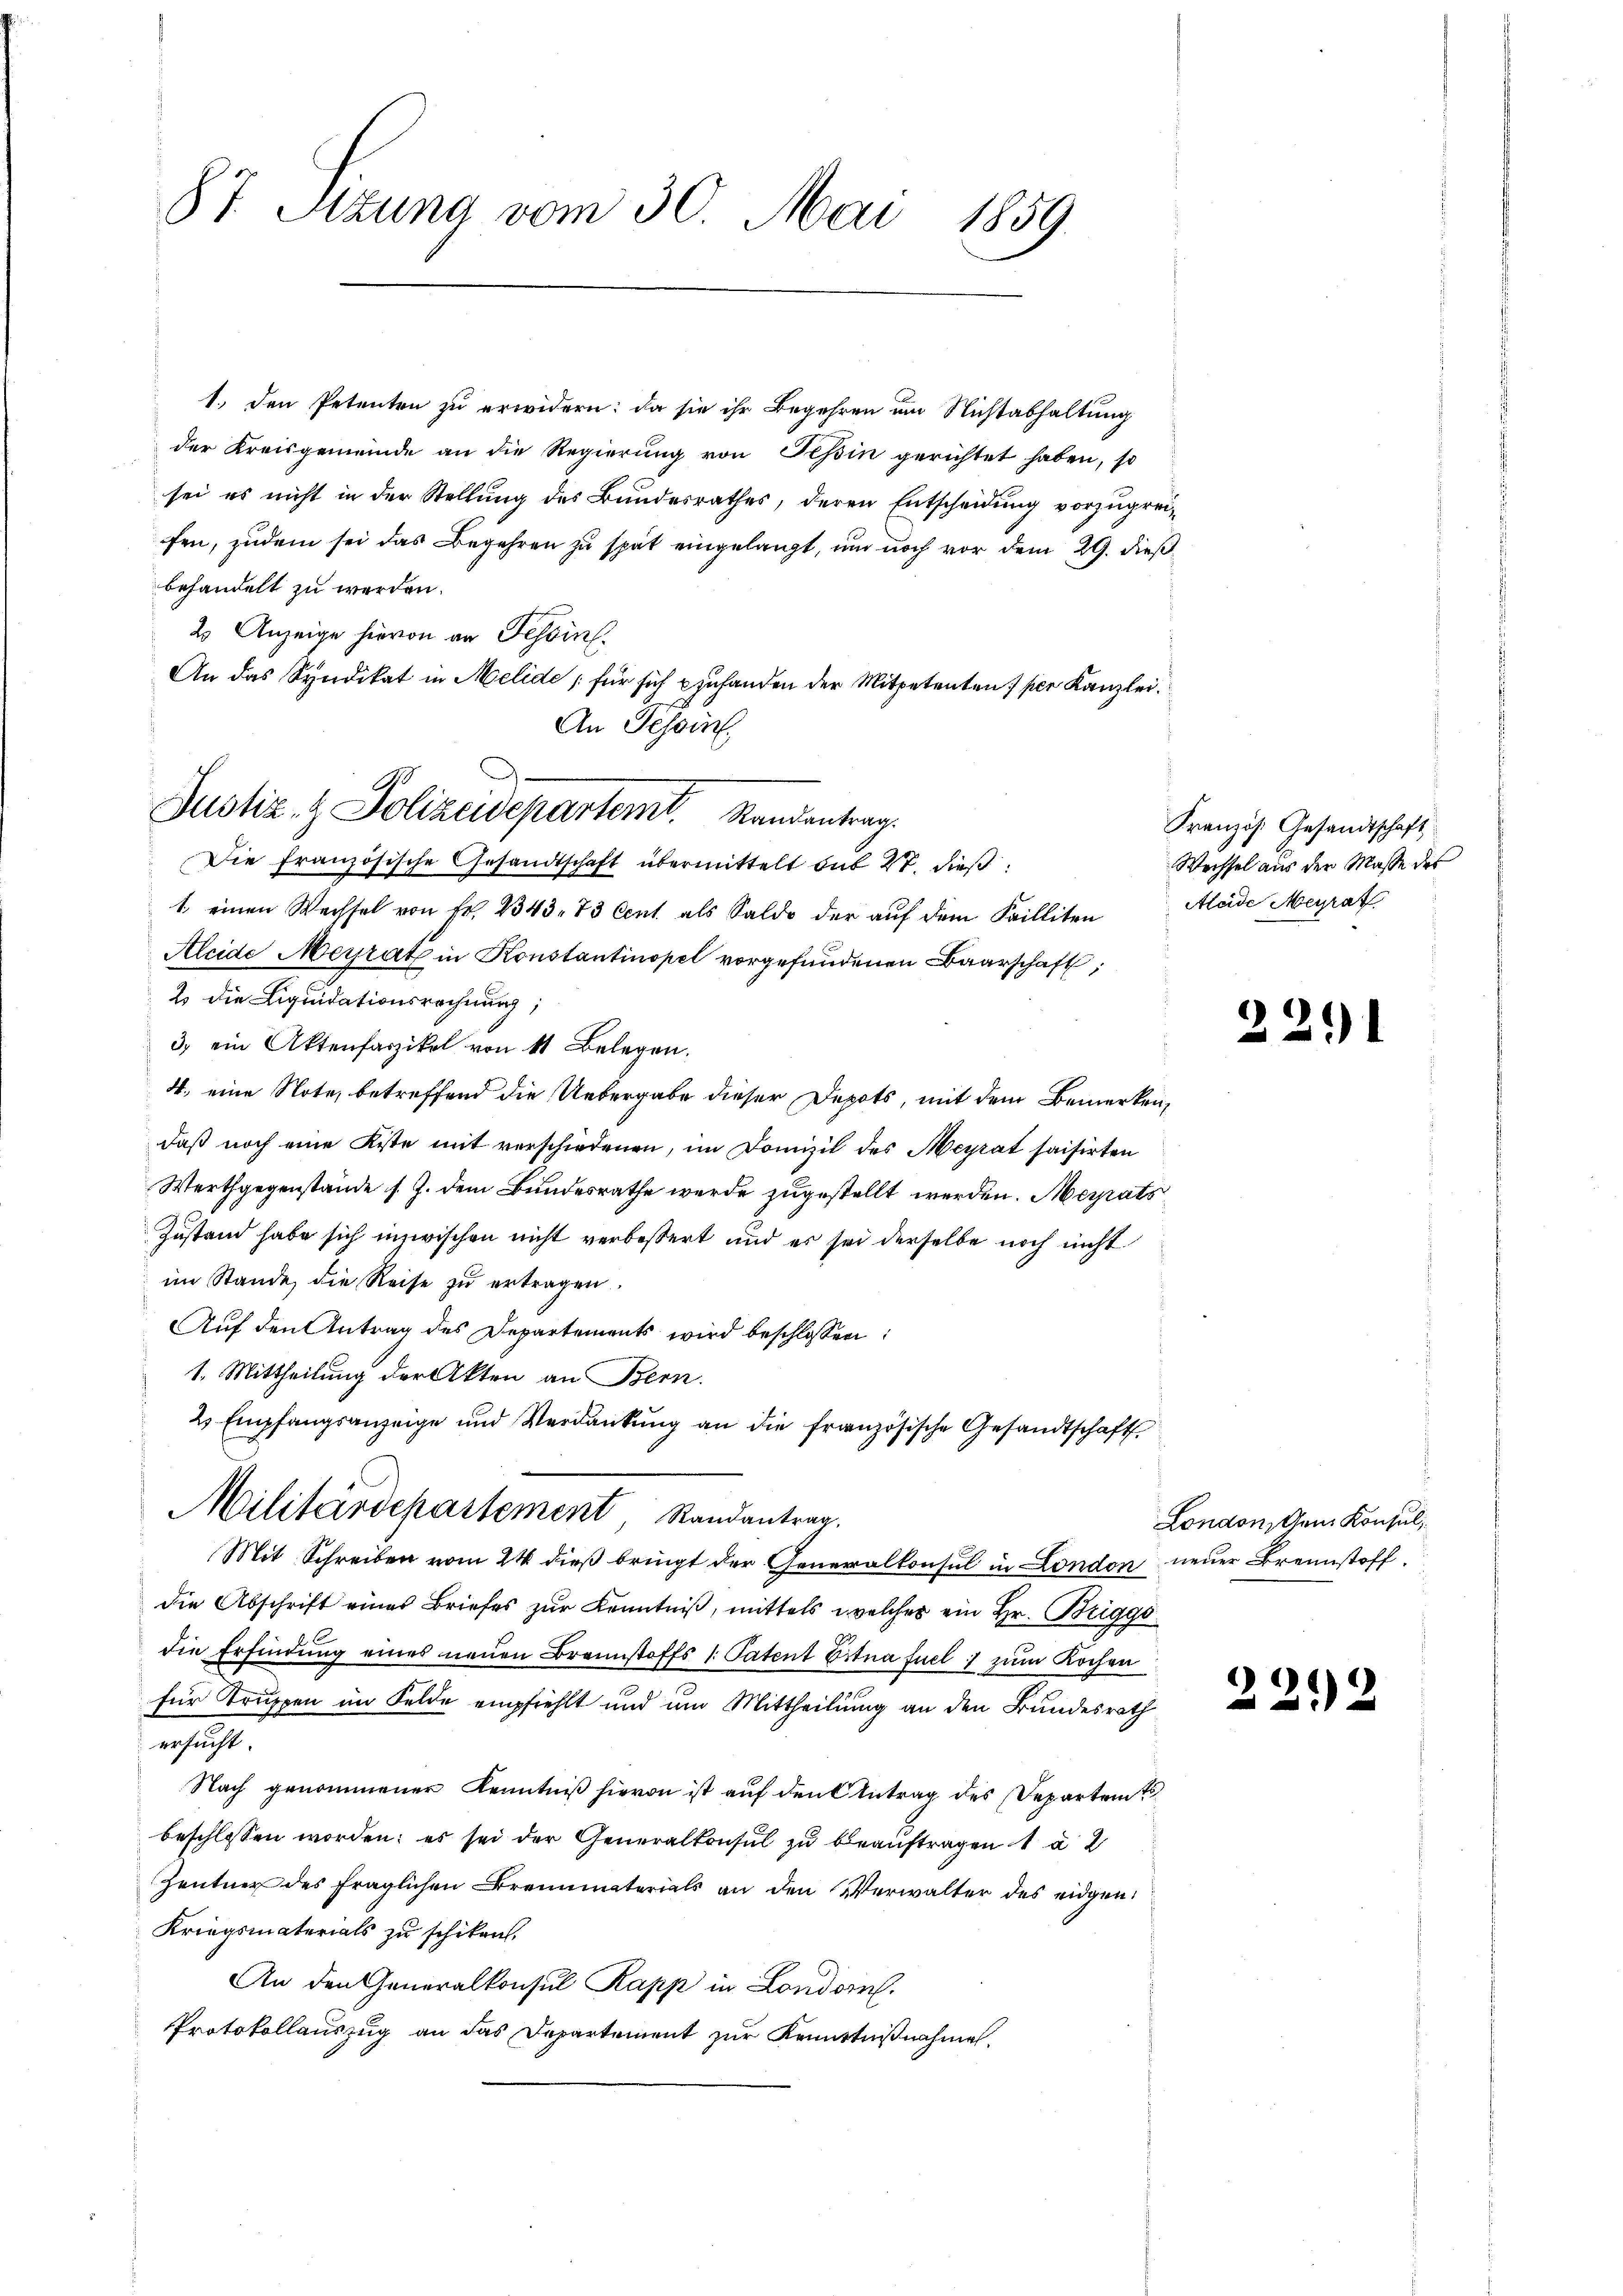
87. Sitzung vom 30. Mai 1859.

1., den Petenten zu erwidern: da sie ihr Begehren um Nichtabhaltung
der Kreisgemeinde an die Regierŭng von Teßin gerichtet haben, so
sei es nicht in der Stellung des Bundesrathes, deren Entscheidung vorzugreifen, zudem sei das Begehren zu spät eingelangt, um noch vor dem 29. dießbehandelt zu werden.
2 Anzeige hievon an Tessin.
An das Syndikat in Melide für sich zu handen der Mitpetenten per Kanzlei.
An Tessin,
Die französische Gesandtschaft übermittelt sub 27. dieß¬
1. einen Wechsel von Fr. 2343. 73 Cent als Saldo der auf dem Failliten
Aleide Meyrath in Konstantinopel vorgefundenen Baarschaft,
2 die Liquidationsrechnung;
3) ein Aktenfarzikel von 11 Belegen.
4. eine Note, betreffend die Uebergabe dieser Depots, mit dem Bemerken,
daß noch eine Kiste mit verschiedenen, im Domizil des Heyrat saisirten
Werthgegenstände s. Z. dem Bundesrathe werde zugestellt werden. Merats
Zustand habe sich inzwischen nicht verbessert und es sei derselbe noch nicht
im Stande, die Reise zŭ ertragen.
Auf den Antrag des Departements wird beschlossen:
1. Mittheilung der Akten an Bern.
2s Empfangsanzeige und Verdankung an die französische Gesandtschaft
Militärdepartement, Randantrag.
Mit Schreiben vom 24 dieß bringt der Generalkonsul in London neuer Brennstoff
die Abschrift eines Briefes zur Kenntniß, mittels welches ein Hr. Briggo
die Erfindung eines neŭen Brennstoffs /: Patent Eitna fuel, zum Kochen
für Truppen im Felde empfiehlt und um Mittheilung an den Bundesrath
ersucht.
Nach genommener Kenntniß hievon ist auf den Antrag des Departem
beschlossen worden; es sei der Generalkonsul zu beauftragen 1 à 2
Zentner des fraglichen Brennmaterials an den Verwalter des eidgen.
Kriegsmaterials zu schiken.
An den Generalkonsul Papp in Londorf.
Protokollauszug an das Departement zur Kenntnißnahmen.

Justiz- & Polizeidepartemt. Randentrag.

Französ. Gesandtschaft
Wechsel aus der Masse des
Aleide Meyrat

22.1

London, Gem. Konsul

2212